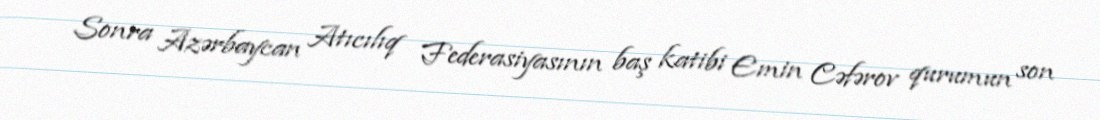
Sonra Azərbaycan Atıcılıq Federasiyasının baş katibi Emin Cəfərov qurumun son